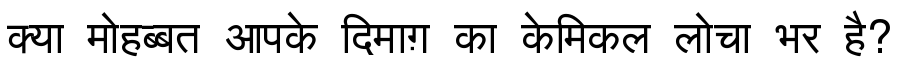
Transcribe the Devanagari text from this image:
क्या मोहब्बत आपके दिमाग़ का केमिकल लोचा भर है?